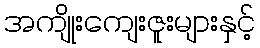
အကျိုးကျေးဇူးများနှင့်